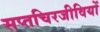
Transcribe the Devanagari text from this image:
सप्तचिरजीवियों